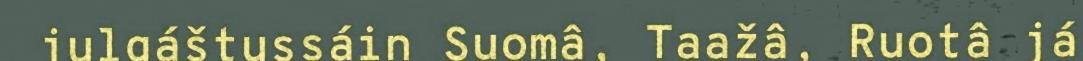
julgáštussáin Suomâ, Taažâ, Ruotâ já